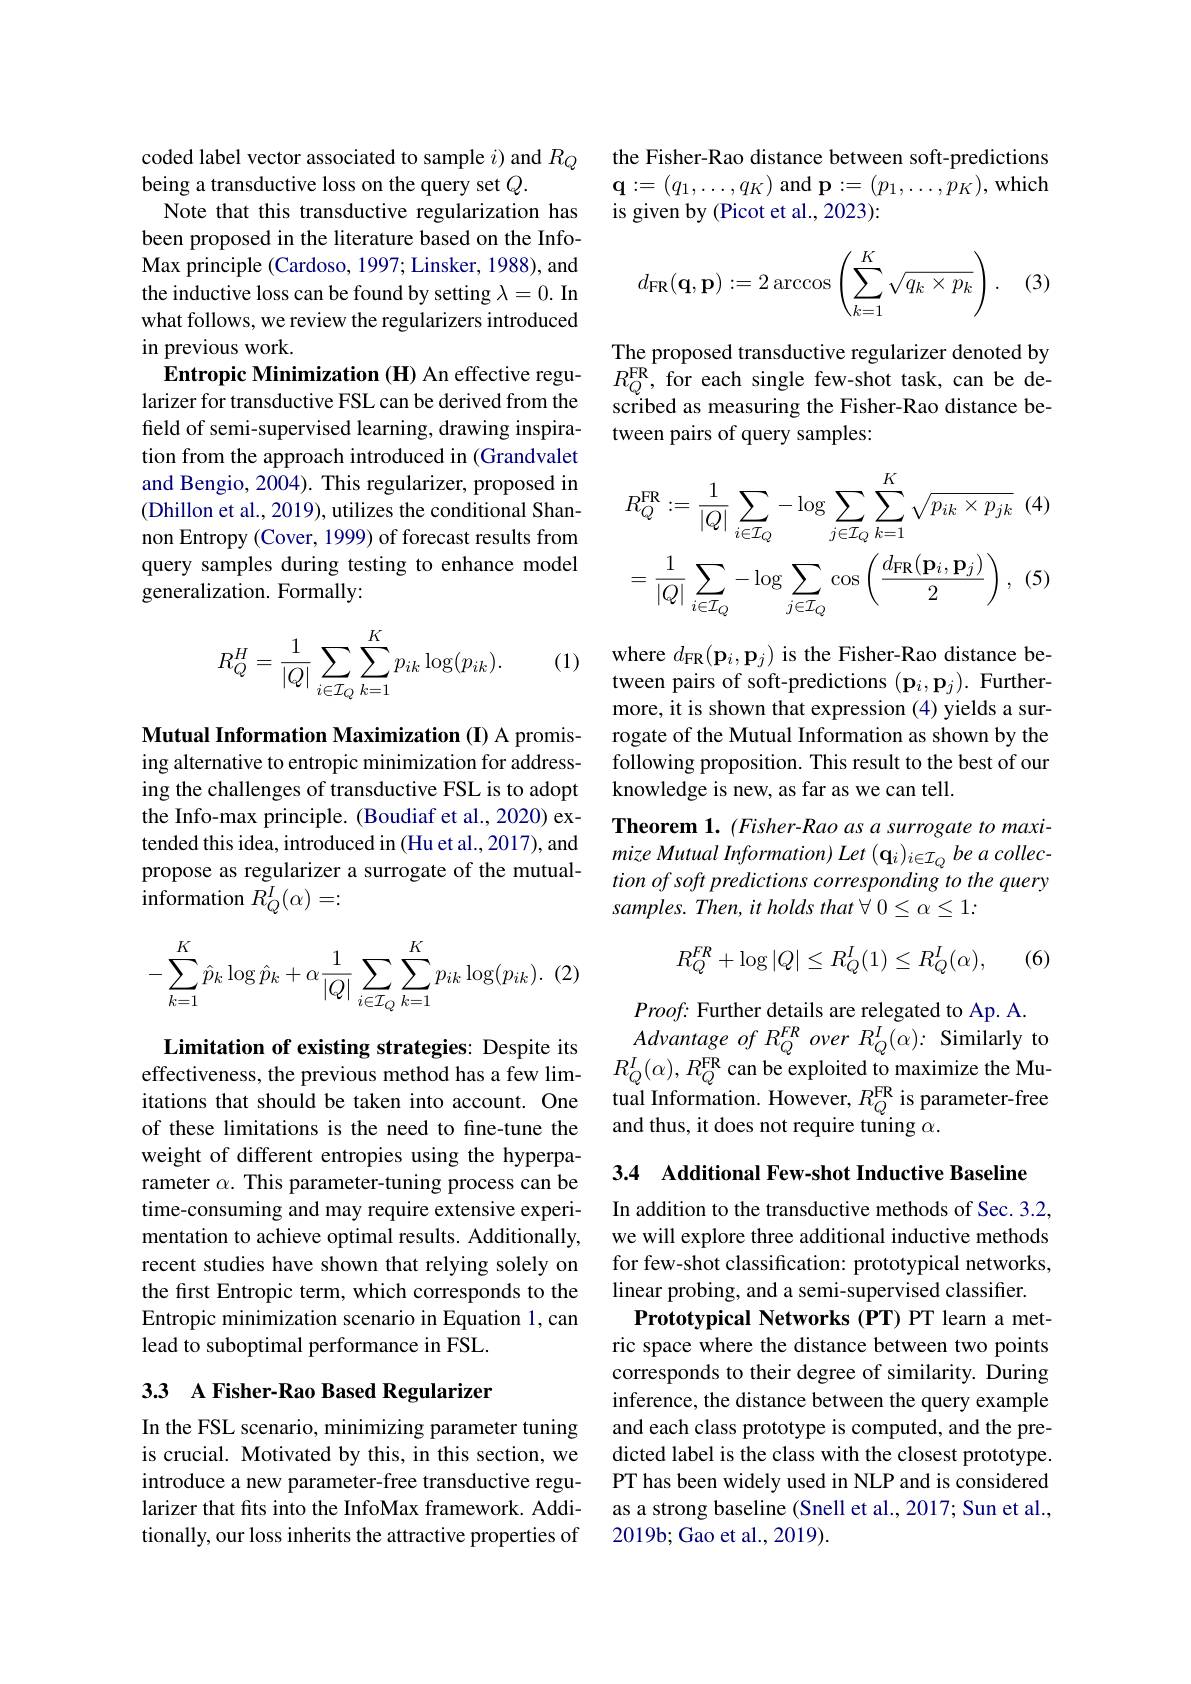
coded label vector associated to sample $i)$ and $R_Q$
being a transductive loss on the query set $Q.$
Note that this transductive regularization has been proposed in the literature based on the InfoMax principle (Cardoso, 1997; Linsker, 1988), and the inductive loss can be found by setting $\lambda=0.$ In what follows, we review the regularizers introduced in previous work.
Entropic Minimization (H) An effective regularizer for transductive FSL can be derived from the feld of semi-supervised learning, drawing inspiration from the approach introduced in (Grandvalet and Bengio, 2004). This regularizer, proposed in (Dhillon et al., 2019), utilizes the conditional Shannon Entropy (Cover, 1999) of forecast results from query samples during testing to enhance model generalization. Formally:

(1)
$$\begin{aligned}R_Q^H=\frac{1}{|Q|}\sum_{i\in\mathcal{I}_Q}\sum_{k=1}^Kp_{ik}\log(p_{ik}).\end{aligned}$$
Mutual Information Maximization (I) A promising alternative to entropic minimization for addressing the challenges of transductive FSL is to adopt the Info-max principle. (Boudiaf et al., 2020) extended this idea, introduced in (Hu et al., 2017), and propose as regularizer a surrogate of the mutual- ${\mathrm{information~}}R_{Q}^{I}(\alpha)=:$
$$-\sum_{k=1}^K\hat{p}_k\log\hat{p}_k+\alpha\frac{1}{|Q|}\sum_{i\in\mathcal{I}_Q}\sum_{k=1}^Kp_{ik}\log(p_{ik}).$$
Limitation of existing strategies: Despite its effectiveness, the previous method has a few limweight of different entropies using the hyperparameter $\alpha.$ This parameter-tuning process can be time-consuming and may require extensive experimentation to achieve optimal results. Additionally, recent studies have shown that relying solely on the first Entropic term, which corresponds to the Entropic minimization scenario in Equation 1,can lead to suboptimal performance in FSL.

## 33 A Fisher-Rao Based Regularizer

In the FSL scenario, minimizing parameter tuning is crucial. Motivated by this, in this section, we introduce a new parameter-free transductive regularizer that fits into the InfoMax framework. Additionally, our loss inherits the attractive properties of

the Fisher-Rao distance between soft-predictions $\mathbf{q}:=(q_{1},\ldots,q_{K})$ and p$:=(p_{1},\ldots,p_{K})$,which is given by (Picot et al., 2023):

(3)
$$d_{\text{FR}}(\mathbf{q},\mathbf{p}):=2\arccos\left(\sum_{k=1}^K\sqrt{q_k\times p_k}\right).$$
The proposed transductive regularizer denoted by $R_{Q}^{\mathrm{FR}}$,for each single few-shot task, can be described as measuring the Fisher-Rao distance between pairs of query samples:
$$R_{Q}^{\mathrm{FR}}:=\frac{1}{|Q|}\sum_{i\in\mathcal{I}_{Q}}-\log\sum_{j\in\mathcal{I}_{Q}}\sum_{k=1}^{K}\sqrt{p_{ik}\times p_{jk}}\:(4)\\=\frac{1}{|Q|}\sum_{i\in\mathcal{I}_{Q}}-\log\sum_{j\in\mathcal{I}_{Q}}\cos\left(\frac{d_{\mathrm{FR}}(\mathbf{p}_{i},\mathbf{p}_{j})}{2}\right),\:(5)$$
where $d_{\mathrm{FR}}(\mathbf{p}_{i},\mathbf{p}_{j})$ is the Fisher-Rao distance between pairs of soft-predictions $(\mathbf{p}_i,\mathbf{p}_j).$ Furthermore, it is shown that expression (4) yields a surrogate of the Mutual Information as shown by the following proposition. This result to the best of our knowledge is new, as far as we can tell.

Theorem 1. (Fisher- Rao as a surrogate to maxi- $mizeMutualInformation)Let\left(\mathbf{q}_{i}\right)_{i\in\mathcal{I}_{Q}}beacollec-$ tion of soft predictions corresponding to the query samples. Then, it holds that $\forall0\leq\alpha\leq1:$
$$R_{Q}^{FR}+\log|Q|\leq R_{Q}^{I}(1)\leq R_{Q}^{I}(\alpha),$$
(6)

$Advantage~of~R_{Q}^{FR}~over~R_{Q}^{I}(\alpha):~$Similarly to

$Proof{:}$ Further details are relegated to Ap. A.
$R_{Q}^{I}(\alpha),R_{Q}^{\mathrm{FR}}$can be exploited to maximize the Mu-
itations that should be taken into account. One tual Information. However, $R_{Q}^{\mathrm{FR}}$is parameter- free of these limitations is the neeed to fine- tune the and thus, it does not require tuning $\alpha .$

3.4 Additional Few-shot Inductive Baseline

In addition to the transductive methods of Sec. 3.2, we will explore three additional inductive methods for few-shot classification: prototypical networks, linear probing, and a semi-supervised classifier.
Prototypical Networks (PT)PT learn a metric space where the distance between two points corresponds to their degree of similarity. During inference, the distance between the query example and each class prototype is computed, and the predicted label is the class with the closest prototype. PT has been widely used in NLP and is considered as a strong baseline (Snell et al., 2017; Sun et al., 2019b; Gao et al., 2019).